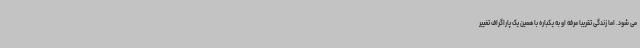
می شود. اما زندگی تقریباً مرفه او به یکباره با همین یک پاراگراف تغییر